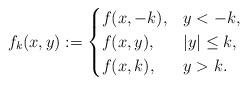
LaTeX: \begin{align*}f_{k}(x,y):=\begin{cases}f(x,-k), & y<-k,\\f(x,y), & |y|\le k,\\f(x,k), & y>k.\end{cases}\end{align*}